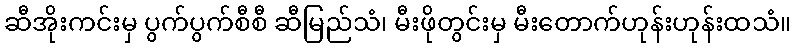
ဆီအိုးကင်းမှ ပွက်ပွက်စီစီ ဆီမြည်သံ၊ မီးဖိုတွင်းမှ မီးတောက်ဟုန်းဟုန်းထသံ။